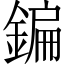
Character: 鍽